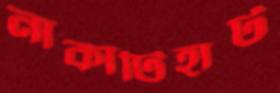
নাকাটিহাট